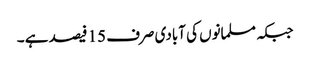
جبکہ مسلمانوں کی آبادی صرف 15 فیصد ہے ۔